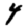
Digit: 4